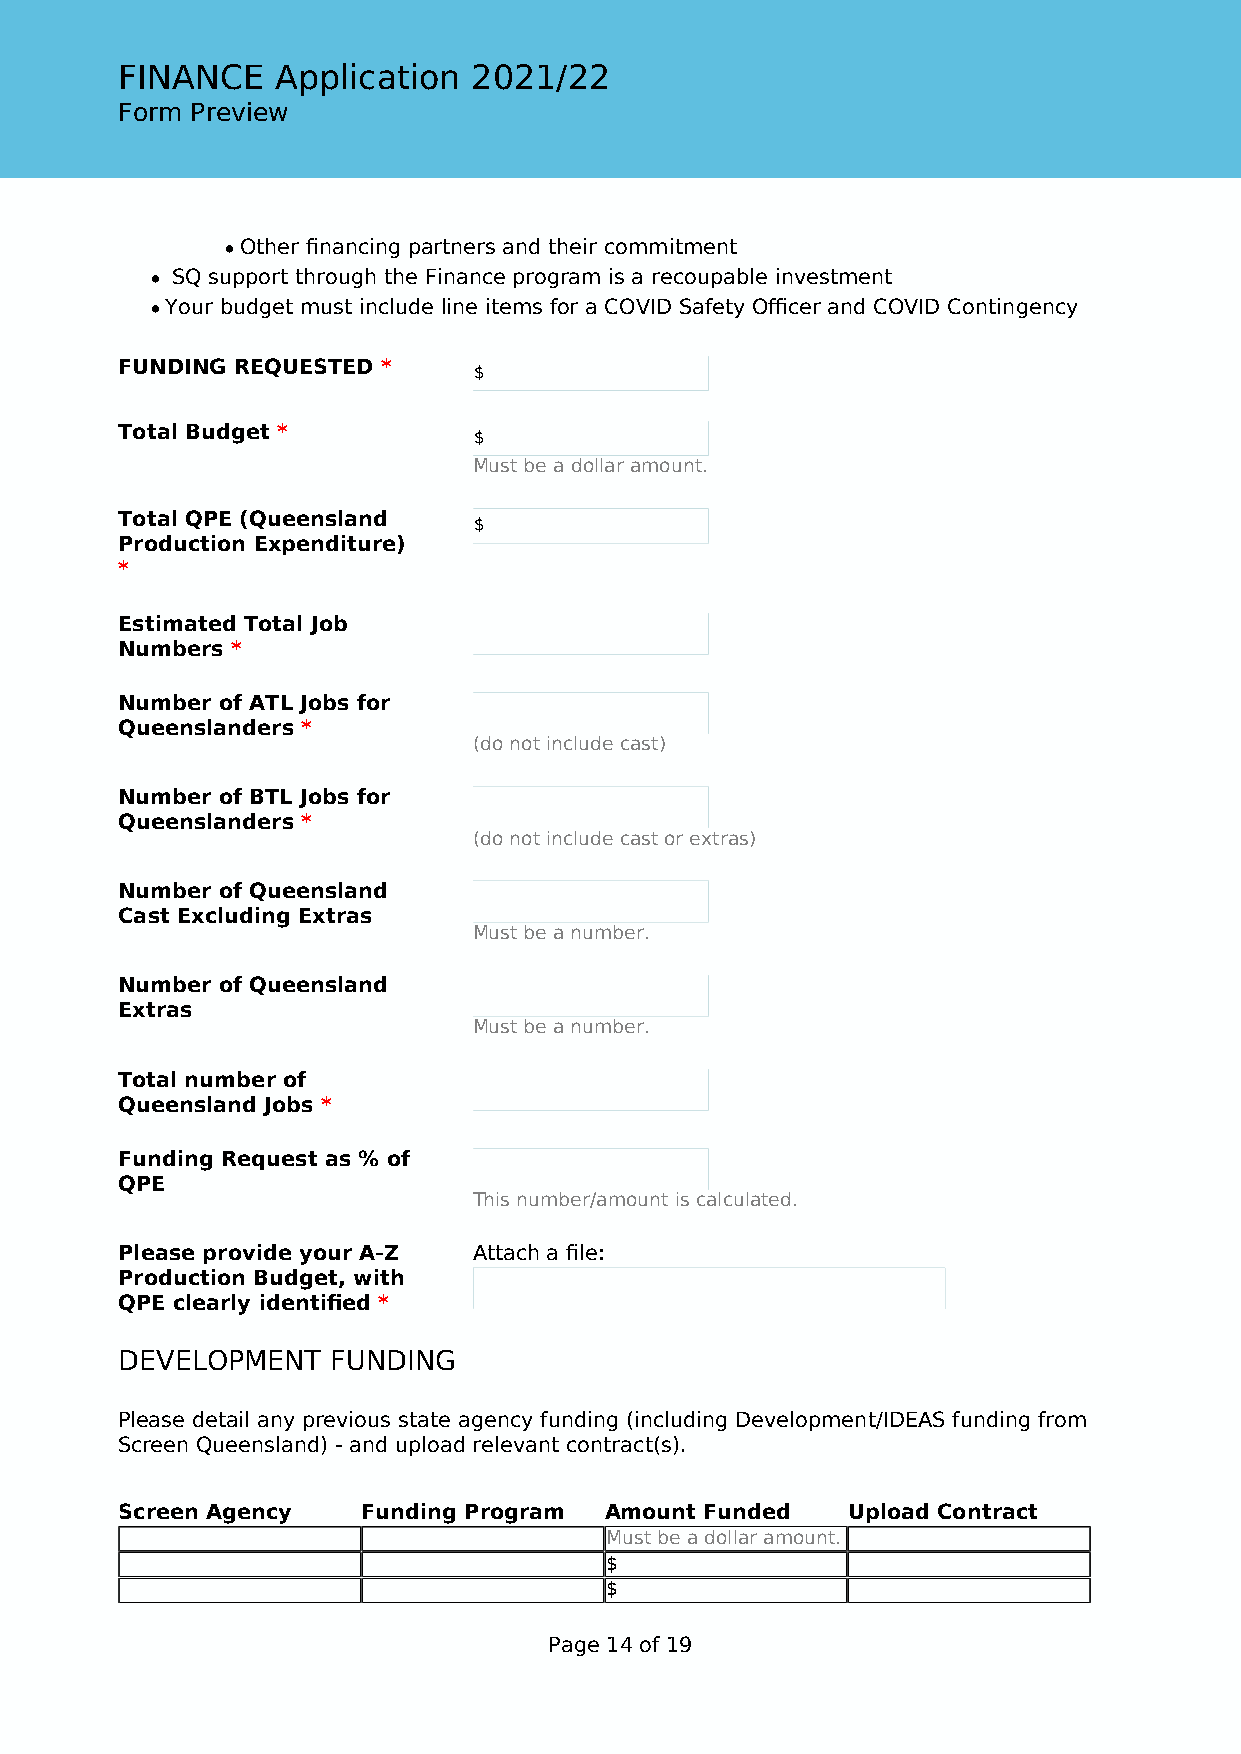
FINANCE   Application  2021/22
 Form Preview
 • Other financing partners and their commitment
 • SQ support through the Finance program is a recoupable investment
 • Your budget must include line items for a COVID Safety Officer and COVID Contingency
 FUNDING REQUESTED *
 $
 Total Budget *
 $
 Must be a dollar amount.
 Total QPE (Queensland
 $
 Production Expenditure)
 *
 Estimated Total Job
 Numbers *
 Number of ATL Jobs for
 Queenslanders *
 (do not include cast)
 Number of BTL Jobs for
 Queenslanders *
 (do not include cast or extras)
 Number of Queensland
 Cast Excluding Extras
 Must be a number.
 Number of Queensland
 Extras
 Must be a number.
 Total number of
 Queensland Jobs *
 Funding Request as % of
 QPE
 This number/amount is calculated.
 Please provide your A-Z Attach a file:
 Production Budget, with
 QPE clearly identified *
 DEVELOPMENT   FUNDING
 Please detail any previous state agency funding (including Development/IDEAS funding from
 Screen Queensland) - and upload relevant contract(s).
 Screen Agency   Funding Program Amount Funded   Upload Contract
 Must be a dollar amount.
 $
 $
 Page 14 of 19